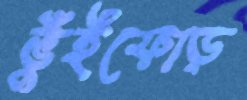
ভুঁইফোড়